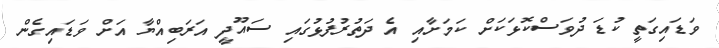
ވަޑައިގަތީ ކުޑަ ދުވަސްކޮޅަކަށް ކަމަށާއި އެ ދަތުރުފުޅުގައި ސައޫދީ އަރަބިއްޔާ އަށް ވަޑައިގެން